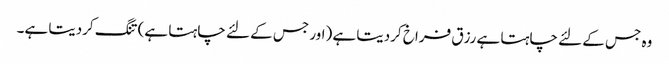
وہ جس کے لئے چاہتا ہے رزق فراخ کردیتا ہے (اور جس کے لئے چاہتا ہے) تنگ کردیتا ہے۔